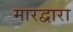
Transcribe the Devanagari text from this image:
मारद्वारा